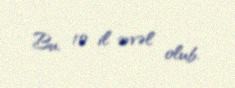
Bu, 10 il əvvəl olub.